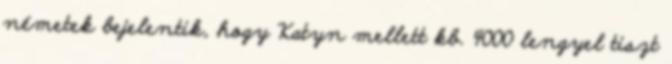
németek bejelentik, hogy Katyn mellett kb. 4000 lengyel tiszt